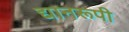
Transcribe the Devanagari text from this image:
द्यानरूपी